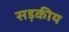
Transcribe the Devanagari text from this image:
सड़कीय